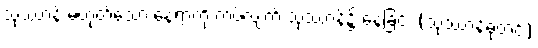
သုဿာန် မဟုတ်သော နေရာကို ကပ်လျက် သုဿာန်၌ နေခြင်း (သုဿာန်ဓုတင်)